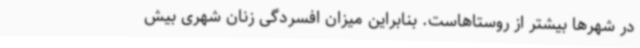
در شهرها بیشتر از روستاهاست. بنابراین میزان افسردگی زنان شهری بیش